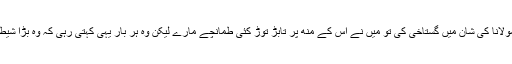
جب فرحت نے مولانا کی شان میں گستاخی کی تو میں نے اس کے منھ پر تابڑ توڑ کئی طمانچے مارے لیکن وہ ہر بار یہی کہتی رہی کہ وہ بڑا شیطان ہے،لفنگا ہے۔